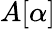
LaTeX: A[\alpha]